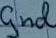
Text: gnd